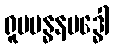
ရူပဗန္ဓနဗဒ္ဓေါ